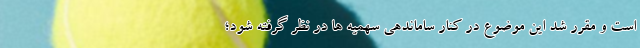
است و مقرر شد این موضوع در کنار ساماندهی سهمیه ‌ها در نظر گرفته شود؛